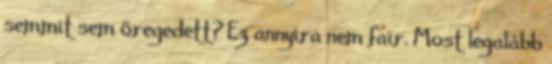
semmit sem öregedett? Ez annyira nem fair. Most legalább